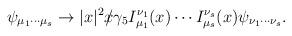
LaTeX: \begin{align*}\psi _{\mu _{1}\cdots \mu _{s}}\rightarrow |x|^{2}x\!\!\!\slash\gamma_{5}I_{\mu _{1}}^{\nu _{1}}(x)\cdots I_{\mu _{s}}^{\nu _{s}}(x)\psi _{\nu_{1}\cdots \nu _{s}}.\end{align*}